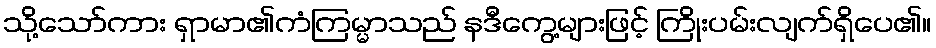
သို့သော်ကား ရှာမာ၏ကံကြမ္မာသည် နဒီကွေ့များဖြင့် ကြိုးပမ်းလျက်ရှိပေ၏။